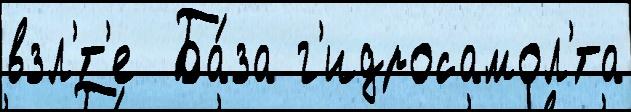
взл'́т'е  Ба́за г'идросамол'́та